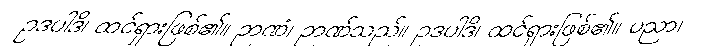
ဥဒပါဒိ၊ ထင်ရှားဖြစ်၏။ ဉာဏံ၊ ဉာဏ်သည်။ ဥဒပါဒိ၊ ထင်ရှားဖြစ်၏။ ပညာ၊